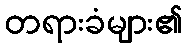
တရားခံများ၏